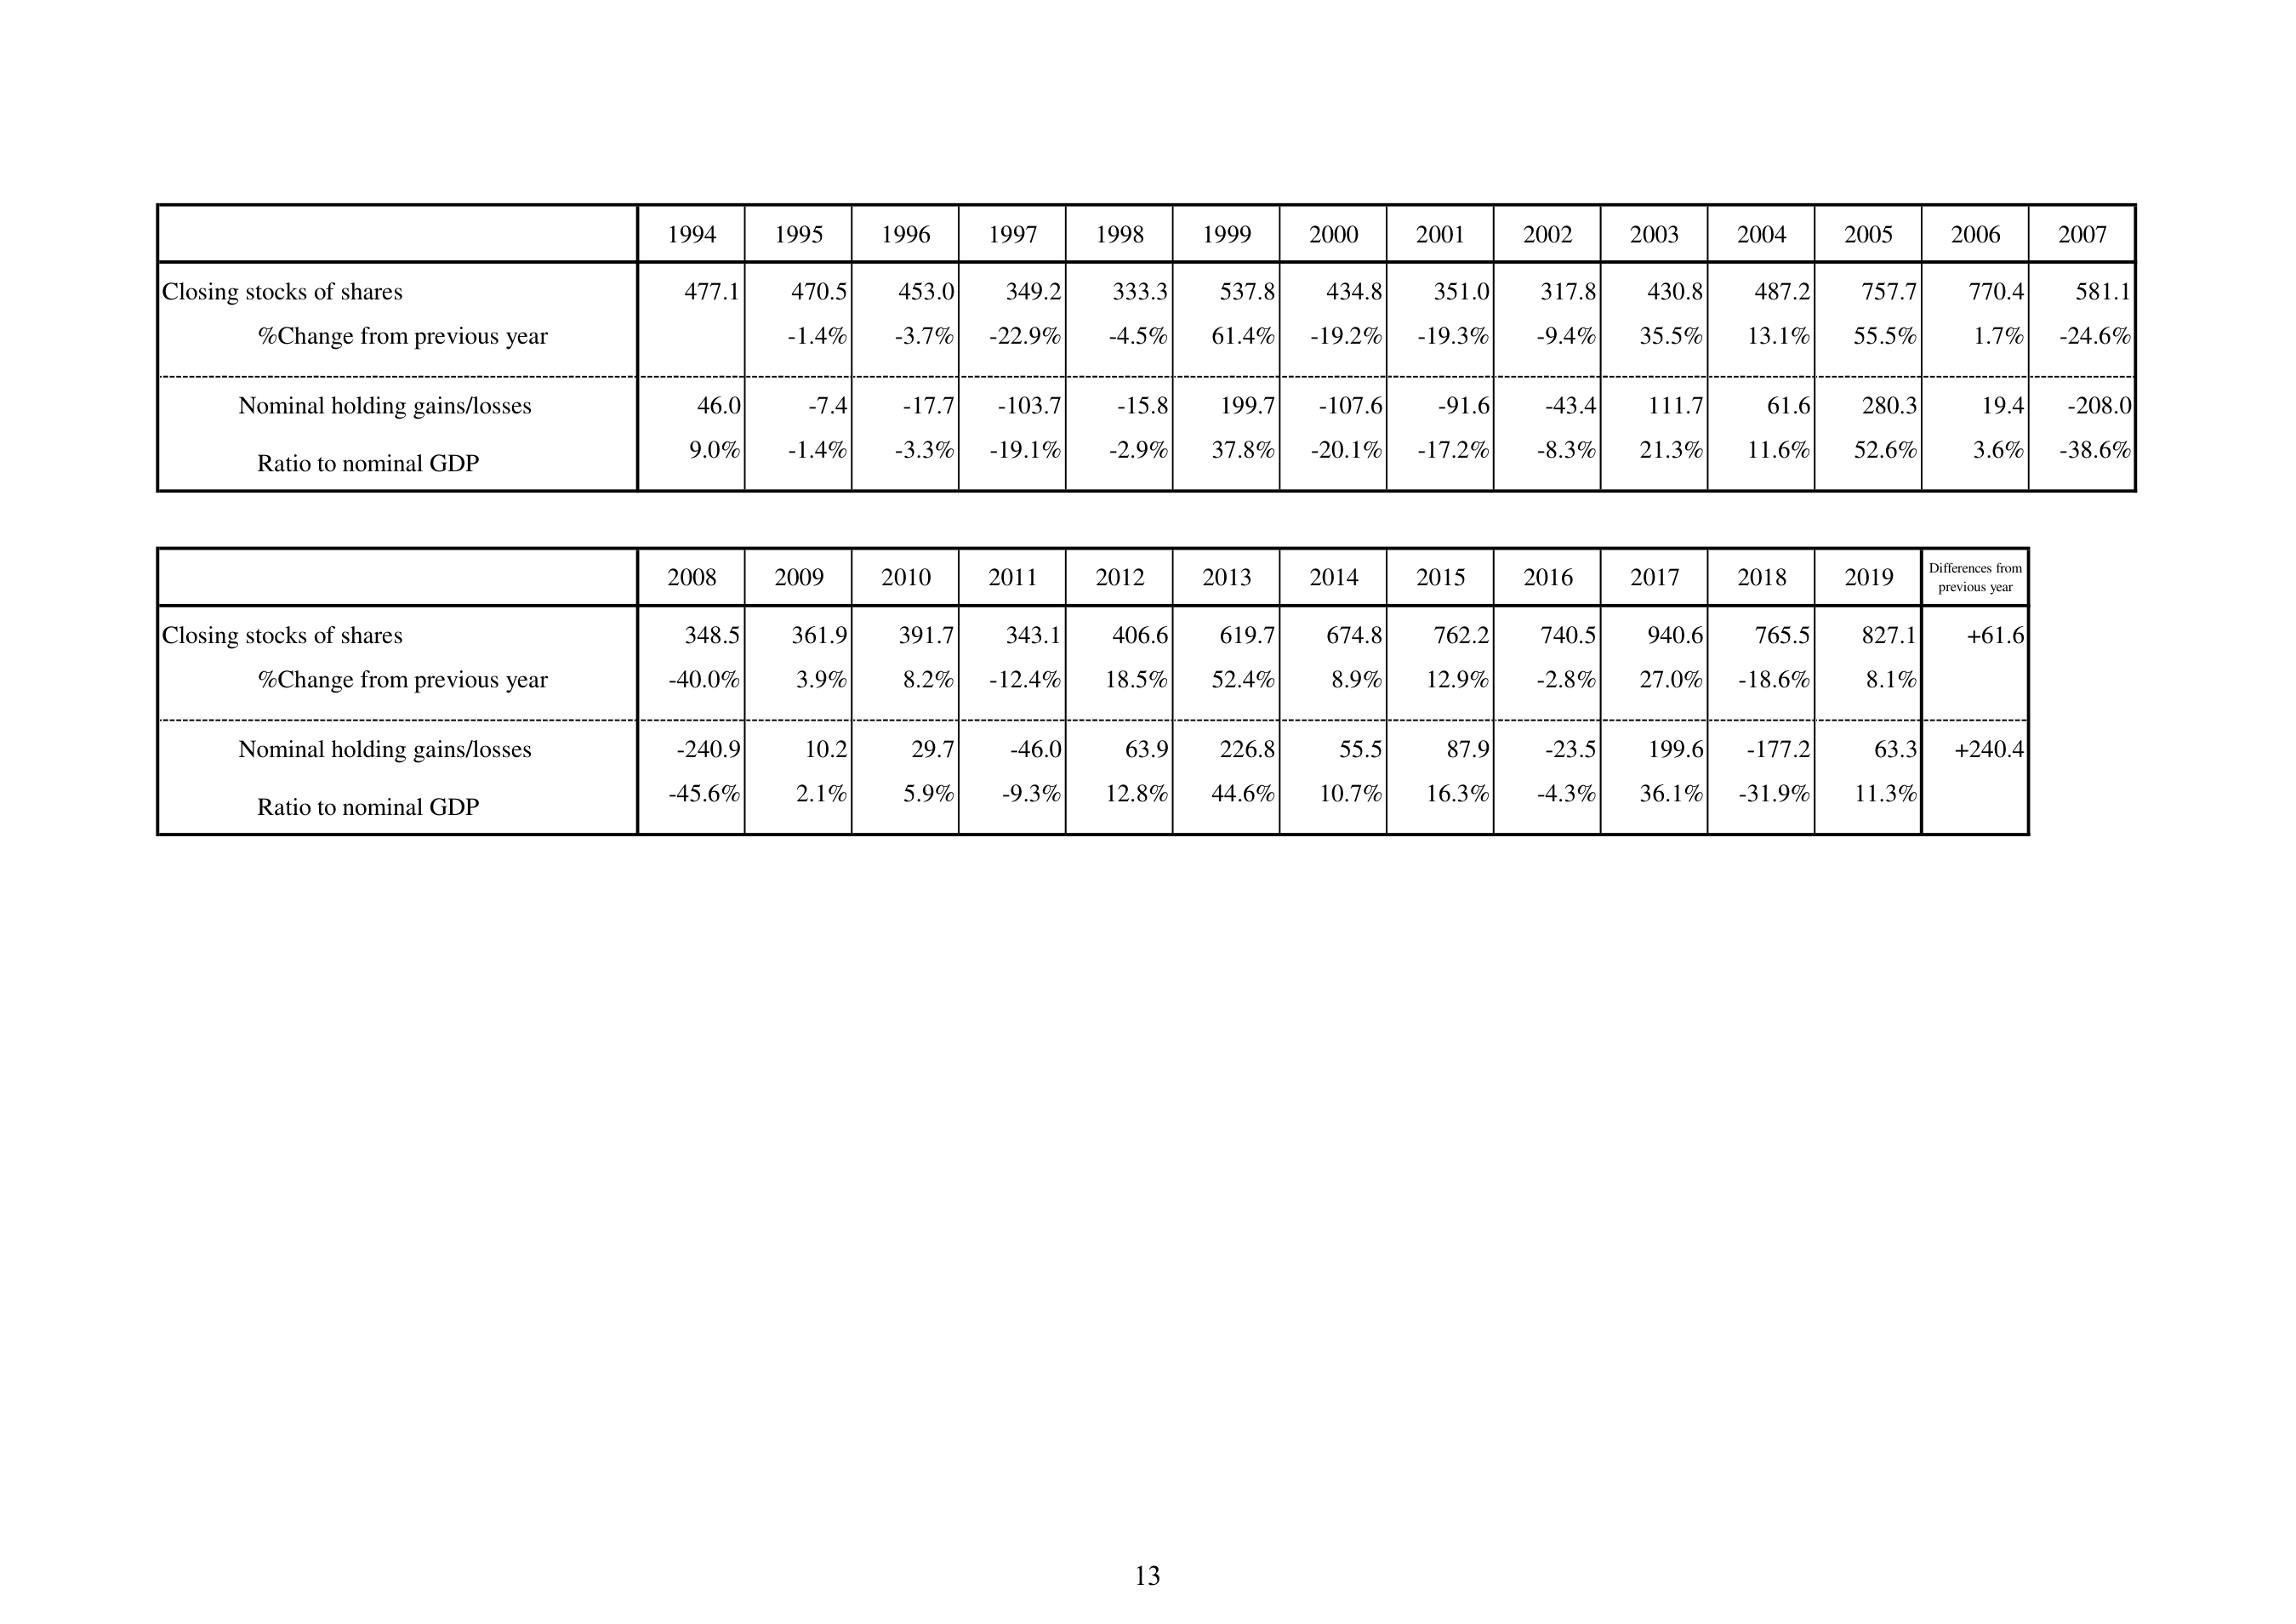
1994 1995 1996 1997 1998 1999 2000 2001 2002 2003 2004 2005 2006 2007
Closing stocks of shares 477.1 470.5 453.0 349.2 333.3 537.8 434.8 351.0 317.8 430.8 487.2 757.7 770.4 581.1
%Change from previous year -1.4% -3.7% -22.9% -4.5% 61.4% -19.2% -19.3% -9.4% 35.5% 13.1% 55.5% 1.7% -24.6%
Nominal holding gains/losses 46.0 -7.4 -17.7 -103.7 -15.8 199.7 -107.6 -91.6 -43.4 111.7 61.6 280.3 19.4 -208.0
Ratio to nominal GDP 9.0% -1.4% -3.3% -19.1% -2.9% 37.8% -20.1% -17.2% -8.3% 21.3% 11.6% 52.6% 3.6% -38.6%
2008 2009 2010 2011 2012 2013 2014 2015 2016 2017 2018 2019 Differences from previous year
Closing stocks of shares 348.5 361.9 391.7 343.1 406.6 619.7 674.8 762.2 740.5 940.6 765.5 827.1 +61.6
%Change from previous year -40.0% 3.9% 8.2% -12.4% 18.5% 52.4% 8.9% 12.9% -2.8% 27.0% -18.6% 8.1%
Nominal holding gains/losses -240.9 10.2 29.7 -46.0 63.9 226.8 55.5 87.9 -23.5 199.6 -177.2 63.3 +240.4
Ratio to nominal GDP -45.6% 2.1% 5.9% -9.3% 12.8% 44.6% 10.7% 16.3% -4.3% 36.1% -31.9% 11.3%
13